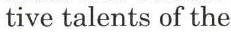
tive talents of the